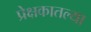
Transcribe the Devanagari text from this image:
प्रेक्षकातल्या